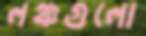
লঞ্চগুলো